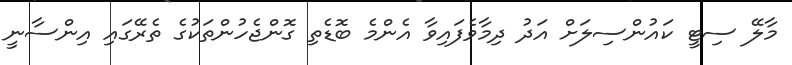
މާލޭ ސިޓީ ކައުންސިލަށް އަދު ދިމާވެފައިވާ އެންމެ ބޮޑެތި ގޮންޖެހުންތަކުގެ ތެރޭގައި އިންސާނީ